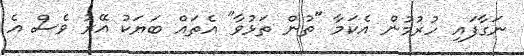
ނަގާފައި ހުރުމުން އެކަމާ "ތުން ތަޅުވާ" އެތައް ބަޔަކު އޭރު ވެސް އެ